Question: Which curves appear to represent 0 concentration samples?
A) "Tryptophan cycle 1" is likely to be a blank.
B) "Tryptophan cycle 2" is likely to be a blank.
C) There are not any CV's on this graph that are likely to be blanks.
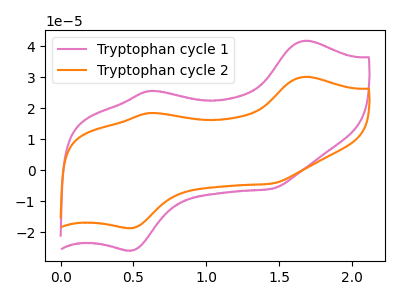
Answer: <think>The pink curve "Tryptophan cycle 1" has anodic peaks at (1.70V, 41.75uA) (0.60V, 25.60uA) and cathodic peaks at (0.50V, -25.95uA) (1.45V, -6.05uA). The orange curve "Tryptophan cycle 2" has anodic peaks at (1.70V, 30.10uA) (0.60V, 18.45uA) and cathodic peaks at (0.50V, -18.70uA) (1.45V, -4.35uA).</think>
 <answer>C) There are not any CV's on this graph that are likely to be blanks.</answer>
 <eval>C</eval>